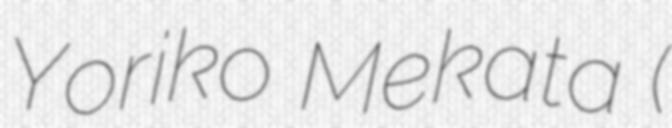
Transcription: Yoriko Mekata (目加田